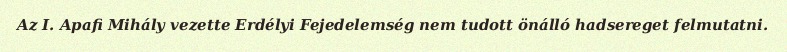
Az I. Apafi Mihály vezette Erdélyi Fejedelemség nem tudott önálló hadsereget felmutatni.